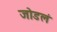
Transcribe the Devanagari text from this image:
जोडलं